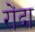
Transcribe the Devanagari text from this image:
रोंदा